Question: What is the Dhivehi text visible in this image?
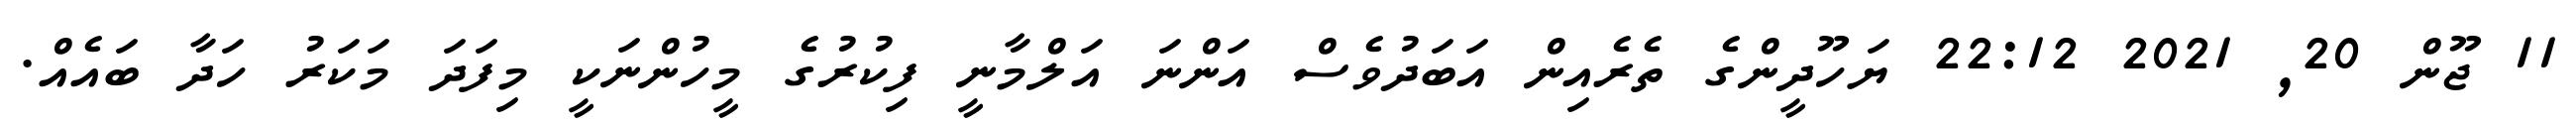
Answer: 11 ޖޫން 20, 2021 22:12 ޔަހޫދީންގެ ތެރެއިން އަބަދުވެސް އަންނަ އަލްމާނީ ފިކުރުގެ މީހުންނަކީ މިފަދަ މަކަރު ހަދާ ބައެއް.